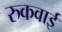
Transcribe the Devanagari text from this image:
रुकवाई